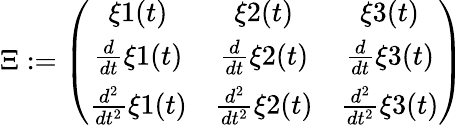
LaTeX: \Xi:=\left(\begin{array}{ccc}{\xi{1}(t)}&{\xi{2}(t)}&{\xi{3}(t)}\\ {\frac{d}{dt}\xi{1}(t)}&{\frac{d}{dt}\xi{2}(t)}&{\frac{d}{dt}\xi{3}(t)}\\ {\frac{d^{2}}{dt^{2}}\xi{1}(t)}&{\frac{d^{2}}{dt^{2}}\xi{2}(t)}&{\frac{d^{2}}{dt^{2}}\xi{3}(t)}\end{array}\right)